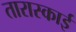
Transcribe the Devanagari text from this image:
तारास्काई